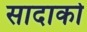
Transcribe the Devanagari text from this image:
सादाको